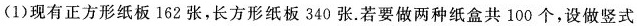
(1)现有正方形纸板162张，长方形纸板340张。若要做两种纸盒共100个，设做竖式